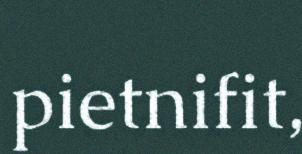
pietnifit,